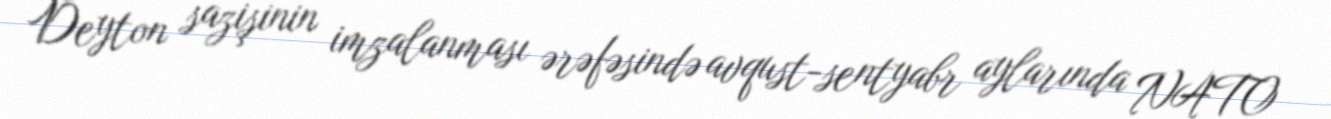
Deyton sazişinin imzalanması ərəfəsində avqust-sentyabr aylarında NATO